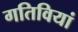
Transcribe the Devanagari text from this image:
गतिवियां